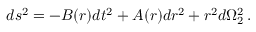
d s ^ { 2 } = - B ( r ) d t ^ { 2 } + A ( r ) d r ^ { 2 } + r ^ { 2 } d \Omega _ { 2 } ^ { 2 } \, .